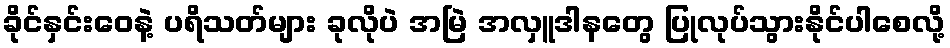
ခိုင်နှင်းဝေနဲ့ ပရိသတ်များ ခုလိုပဲ အမြဲ အလှူဒါနတွေ ပြုလုပ်သွားနိုင်ပါစေလို့